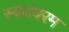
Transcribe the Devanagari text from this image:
स्वयंवरम